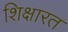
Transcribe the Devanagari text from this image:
शिक्षारत